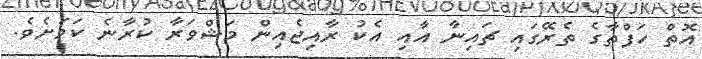
އޮތް ހަފްތާގެ ތެރޭގައި ޗައިނާ އާއި އެކު ރާއިޖެއިން މަޝްވަރާ ކުރާނެ ކަމަށެވެ.